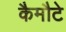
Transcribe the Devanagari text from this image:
कैमौटे